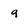
Character: 9